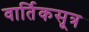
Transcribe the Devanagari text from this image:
वार्तिकसूत्र